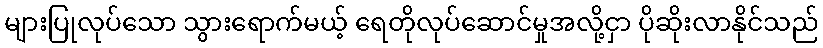
များပြုလုပ်သော သွားရောက်မယ့် ရေတိုလုပ်ဆောင်မှုအလို့ငှာ ပိုဆိုးလာနိုင်သည်